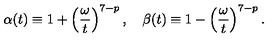
\alpha ( t ) \equiv 1 + \left( { \frac { \omega } { t } } \right) ^ { 7 - p } , \quad \beta ( t ) \equiv 1 - \left( { \frac { \omega } { t } } \right) ^ { 7 - p } .